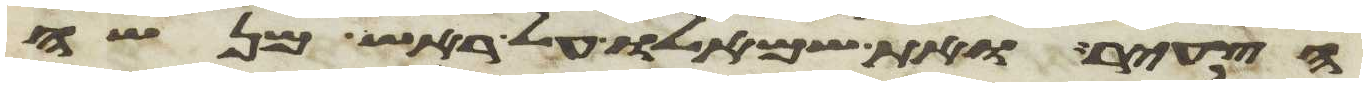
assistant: הצעיר ואת שמאלו על ראש מנשה